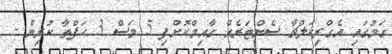
ގަމުގައި އެގްރިކަލްޗާ ސެންޓަރެއް ގާއިމްކޮށްފި 5 މަސް 3 ހަފްތާ ކުރިން -